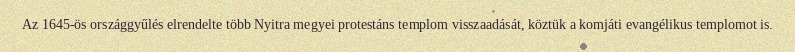
Az 1645-ös országgyűlés elrendelte több Nyitra megyei protestáns templom visszaadását, köztük a komjáti evangélikus templomot is.